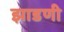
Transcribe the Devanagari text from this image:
झाडणी